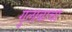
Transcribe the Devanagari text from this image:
गुलाबाचा